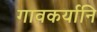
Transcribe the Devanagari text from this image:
गावकर्यानि